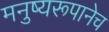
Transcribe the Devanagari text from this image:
मनुष्यरूपानेच